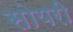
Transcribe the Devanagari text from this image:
सोयरी